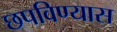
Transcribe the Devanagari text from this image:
छपविण्यास